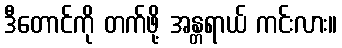
ဒီတောင်ကို တက်ဖို့ အန္တရာယ် ကင်းလား။